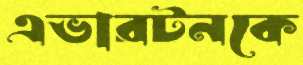
এভারটনকে